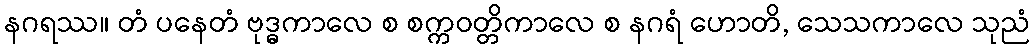
နဂရဿ။ တံ ပနေတံ ဗုဒ္ဓကာလေ စ စက္ကဝတ္တိကာလေ စ နဂရံ ဟောတိ, သေသကာလေ သုညံ